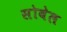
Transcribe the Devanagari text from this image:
सोबेल